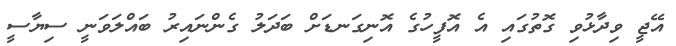
އޭޖީ ވިދާޅުވި ގޮތުގައި އެ އޮފީހުގެ އޮނިގަނޑަށް ބަދަލު ގެންނައިރު ބައްލަވަނީ ސިޔާސީ